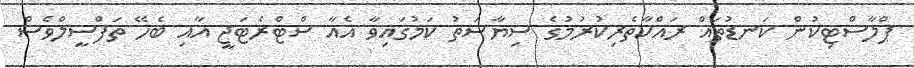
ޕްލާސްޓިކުން ކަނޑުތައް ރައްކާތެރިކުރުމުގެ ސިޔާސަތު ކަމުގައިވާ އެއާ ސްޓްރެޓަޖީ އާއި ބެހޭ ތަފްސީލްވެސް